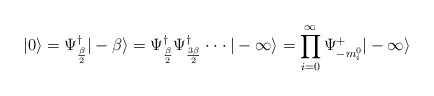
\begin{align*}|0 \rangle = \Psi_{\beta \over 2}^{\dagger} |-\beta \rangle=\Psi_{\beta \over 2}^{\dagger} \Psi_{3 \beta \over 2}^{\dagger}\cdot \cdot \cdot | - \infty \rangle = \prod_{i=0}^{\infty} \Psi^{+}_{-m_i^{0}} | - \infty \rangle\end{align*}